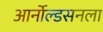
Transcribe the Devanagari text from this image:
आर्नोल्डसनला